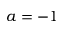
a = - 1